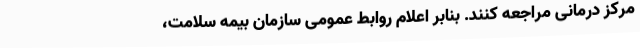
مرکز درمانی مراجعه کنند. بنابر اعلام روابط عمومی سازمان بیمه سلامت،